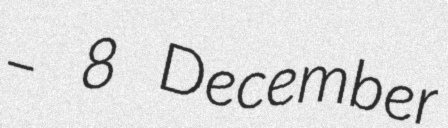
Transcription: – 8 December